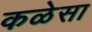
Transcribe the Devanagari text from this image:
कळेसा